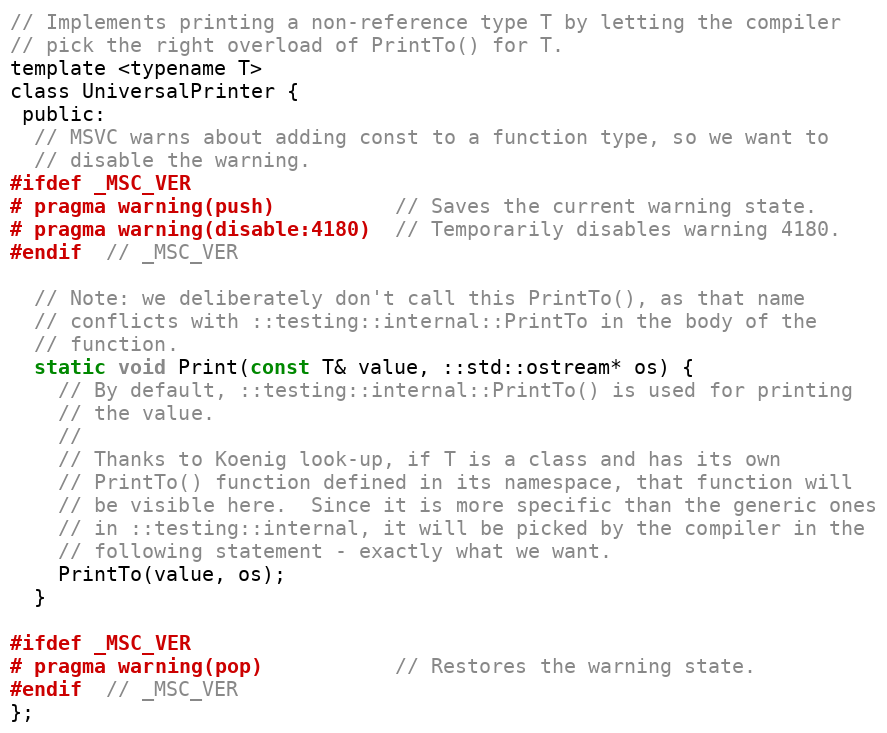
Language: C
// Implements printing a non-reference type T by letting the compiler
// pick the right overload of PrintTo() for T.
template <typename T>
class UniversalPrinter {
 public:
  // MSVC warns about adding const to a function type, so we want to
  // disable the warning.
#ifdef _MSC_VER
# pragma warning(push)          // Saves the current warning state.
# pragma warning(disable:4180)  // Temporarily disables warning 4180.
#endif  // _MSC_VER

  // Note: we deliberately don't call this PrintTo(), as that name
  // conflicts with ::testing::internal::PrintTo in the body of the
  // function.
  static void Print(const T& value, ::std::ostream* os) {
    // By default, ::testing::internal::PrintTo() is used for printing
    // the value.
    //
    // Thanks to Koenig look-up, if T is a class and has its own
    // PrintTo() function defined in its namespace, that function will
    // be visible here.  Since it is more specific than the generic ones
    // in ::testing::internal, it will be picked by the compiler in the
    // following statement - exactly what we want.
    PrintTo(value, os);
  }

#ifdef _MSC_VER
# pragma warning(pop)           // Restores the warning state.
#endif  // _MSC_VER
};